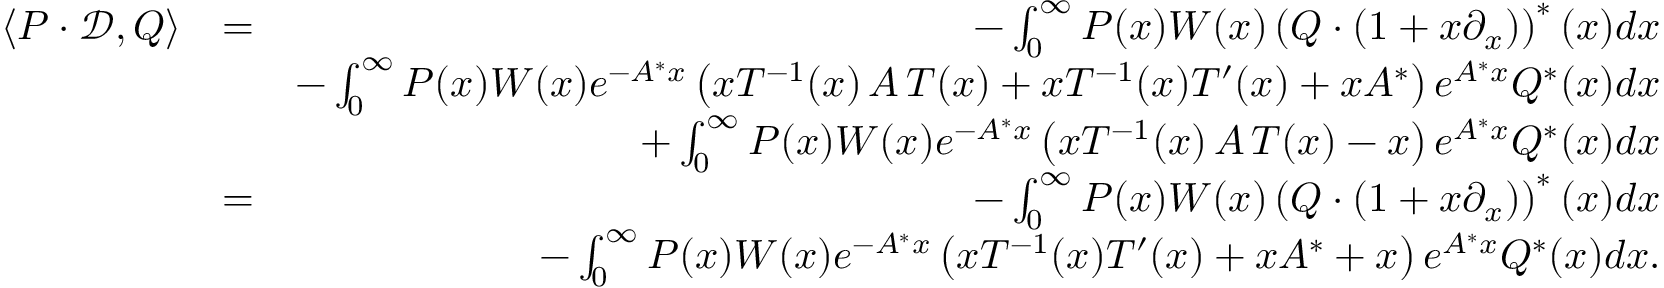
\begin{array} { r l r } { \langle P \cdot \mathcal { D } , Q \rangle } & { = } & { - \int _ { 0 } ^ { \infty } P ( x ) W ( x ) \left( Q \cdot ( 1 + x \partial _ { x } ) \right) ^ { \ast } ( x ) d x } \\ & { } & { - \int _ { 0 } ^ { \infty } P ( x ) W ( x ) e ^ { - A ^ { \ast } x } \left( x T ^ { - 1 } ( x ) \, A \, T ( x ) + x T ^ { - 1 } ( x ) T ^ { \prime } ( x ) + x A ^ { \ast } \right) e ^ { A ^ { \ast } x } Q ^ { \ast } ( x ) d x } \\ & { } & { + \int _ { 0 } ^ { \infty } P ( x ) W ( x ) e ^ { - A ^ { \ast } x } \left( x T ^ { - 1 } ( x ) \, A \, T ( x ) - x \right) e ^ { A ^ { \ast } x } Q ^ { \ast } ( x ) d x } \\ & { = } & { - \int _ { 0 } ^ { \infty } P ( x ) W ( x ) \left( Q \cdot ( 1 + x \partial _ { x } ) \right) ^ { \ast } ( x ) d x } \\ & { } & { - \int _ { 0 } ^ { \infty } P ( x ) W ( x ) e ^ { - A ^ { \ast } x } \left( x T ^ { - 1 } ( x ) T ^ { \prime } ( x ) + x A ^ { \ast } + x \right) e ^ { A ^ { \ast } x } Q ^ { \ast } ( x ) d x . } \end{array}